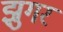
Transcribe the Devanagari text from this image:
झुगर